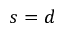
s = d